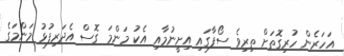
އަހަރެން ހުރިގޮތަށް ތިރިވެ ސޯފާގައި އިށީނުމާއި އެކު މަންމަ ގޮސް އެދަރިފުޅު މަންމަގެ